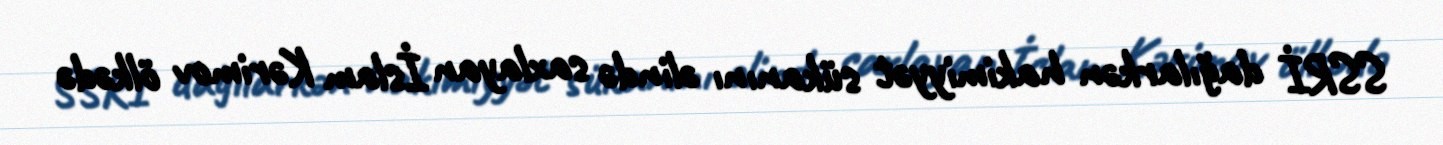
SSRİ dağılarkən hakimiyyət sükanını əlində saxlayan İslam Kərimov ölkədə